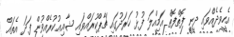
އެހީވެދެއްވައި ދީނީ ފޮތްފޮތް އަމިއްލަ ފުޅު ޚަރަދުގައި ޗާޕްކުރައްވައި ޝާއިޢުކުރެއްވުން ފަދަ އެތައް